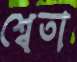
শ্বেতা